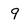
Character: 9